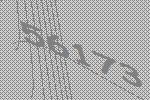
56173